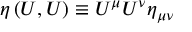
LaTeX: \eta \left( U , U \right) \equiv U ^ { \mu } U ^ { \nu } \eta _ { \mu \nu }